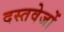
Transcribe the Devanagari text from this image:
दस्तवेजों